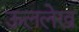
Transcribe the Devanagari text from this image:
ऊललेख